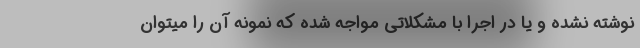
نوشته نشده و یا در اجرا با مشکلاتی مواجه شده که نمونه آن را میتوان